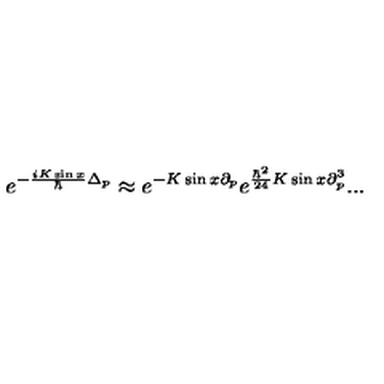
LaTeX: e ^ { - \frac { i K \sin x } { \hbar } \Delta _ { p } } \approx e ^ { - K \sin x \partial _ { p } } e ^ { \frac { \hbar ^ { 2 } } { 2 4 } K \sin x \partial _ { p } ^ { 3 } } . . .